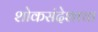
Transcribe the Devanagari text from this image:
शोकसंदेशाचा